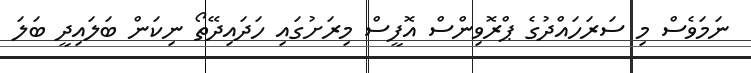
ނަމަވެސް މި ސަރަހައްދުގެ ޕްރޮވިންސް އޮފީސް މިރަށުގައި ހަދައިދޭތޯ ނިކަން ބަލައިދީ ބަލަ